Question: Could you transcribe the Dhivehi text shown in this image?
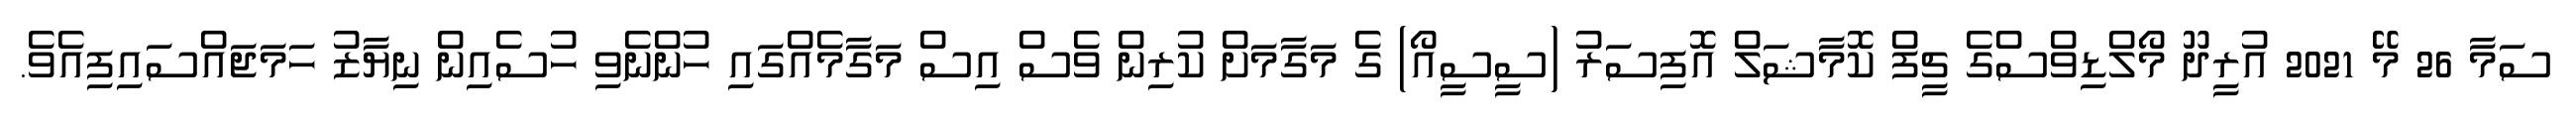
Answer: ސަމާ 26 މޭ 2021 އުރީދޫ މޯލްޑިވްސްގެ ޗީފް ކޮމާޝަލް އޮފިސަރު (ސީސީއޯ) ގެ މަގާމަށް ކުރިން ވެސް އިސް މަގާމެއްގައި ހުންނެވި ހުސެއިން ނިޔާޒު ހަމަޖައްސައިފިއެވެ.